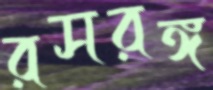
রসরঙ্গ